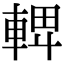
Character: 𨌦